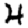
Digit: 4